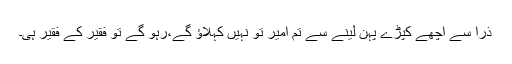
ذرا سے اچھے کپڑے پہن لینے سے تم امیر تو نہیں کہلاؤ گے،رہو گے تو فقیر کے فقیر ہی۔